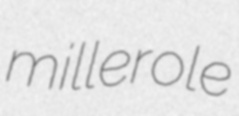
millerole